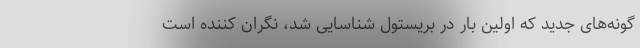
گونه‌های جدید که اولین بار در بریستول شناسایی شد، نگران کننده است